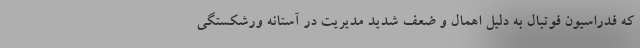
که فدراسیون فوتبال به‌ دلیل اهمال و ضعف شدید مدیریت در آستانه ورشکستگی